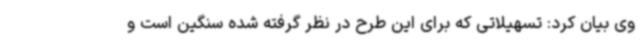
وی بیان کرد: تسهیلاتی که برای این طرح در نظر گرفته شده سنگین است و